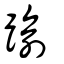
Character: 踰